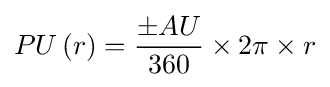
PU\left(r\right)={\frac {\pm AU}{360}}\times 2\pi \times r